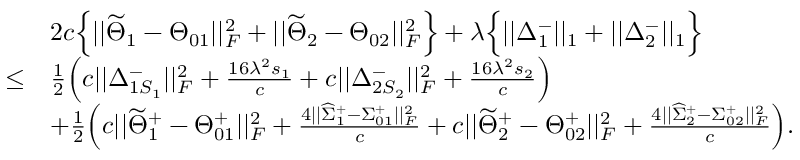
\begin{array} { r l } & { 2 c \Big \{ | | \widetilde { \Theta } _ { 1 } - \Theta _ { 0 1 } | | _ { F } ^ { 2 } + | | \widetilde { \Theta } _ { 2 } - \Theta _ { 0 2 } | | _ { F } ^ { 2 } \Big \} + \lambda \Big \{ | | \Delta _ { 1 } ^ { - } | | _ { 1 } + | | \Delta _ { 2 } ^ { - } | | _ { 1 } \Big \} } \\ { \leq } & { \frac { 1 } { 2 } \Big ( c | | \Delta _ { 1 S _ { 1 } } ^ { - } | | _ { F } ^ { 2 } + \frac { 1 6 \lambda ^ { 2 } s _ { 1 } } { c } + c | | \Delta _ { 2 S _ { 2 } } ^ { - } | | _ { F } ^ { 2 } + \frac { 1 6 \lambda ^ { 2 } s _ { 2 } } { c } \Big ) } \\ & { + \frac { 1 } { 2 } \Big ( c | | \widetilde { \Theta } _ { 1 } ^ { + } - \Theta _ { 0 1 } ^ { + } | | _ { F } ^ { 2 } + \frac { 4 | | \widehat { \Sigma } _ { 1 } ^ { + } - \Sigma _ { 0 1 } ^ { + } | | _ { F } ^ { 2 } } { c } + c | | \widetilde { \Theta } _ { 2 } ^ { + } - \Theta _ { 0 2 } ^ { + } | | _ { F } ^ { 2 } + \frac { 4 | | \widehat { \Sigma } _ { 2 } ^ { + } - \Sigma _ { 0 2 } ^ { + } | | _ { F } ^ { 2 } } { c } \Big ) . } \end{array}